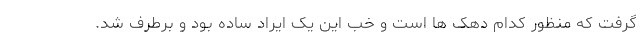
گرفت که منظور کدام دهک ها است و خب این یک ایراد ساده بود و برطرف شد.